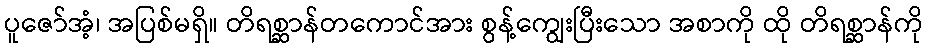
ပူဇော်အံ့၊ အပြစ်မရှိ။ တိရစ္ဆာန်တကောင်အား စွန့်ကျွေးပြီးသော အစာကို ထို တိရစ္ဆာန်ကို